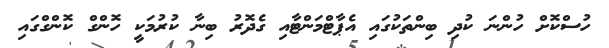
ހުސްކޮށް ހުންނަ ކުދި ބިންތަކުގައި އެޕާޓްމަންޓާއި ގެދޮރު ބިނާ ކުރުމަކީ ހޮންގް ކޮންގްގައި